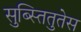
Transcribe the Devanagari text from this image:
सुब्स्तितुतेस